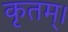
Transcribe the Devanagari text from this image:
कृतम्।